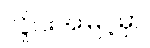
လှိုင်းအမြင့်မှာ